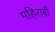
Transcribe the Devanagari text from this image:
महिराबी